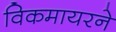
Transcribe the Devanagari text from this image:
विकमायरने